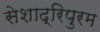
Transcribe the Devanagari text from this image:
सेशाद्रिपुरम